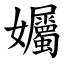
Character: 孎